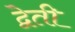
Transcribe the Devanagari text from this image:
द्वेती